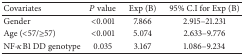
<table><thead><tr><td><b>Covariates</b></td><td><b><i>P</i> value</b></td><td><b>Exp (B)</b></td><td><b>95% C.I for Exp (B)</b></td></tr></thead><tbody><tr><td>Gender</td><td>&lt;0.001</td><td>7.866</td><td>2.915–21.231</td></tr><tr><td>Age (&lt;57/≥57)</td><td>&lt;0.001</td><td>5.074</td><td>2.633–9.776</td></tr><tr><td>NF-<i>κ</i>B1 DD genotype</td><td>0.035</td><td>3.167</td><td>1.086–9.234</td></tr></tbody></table>